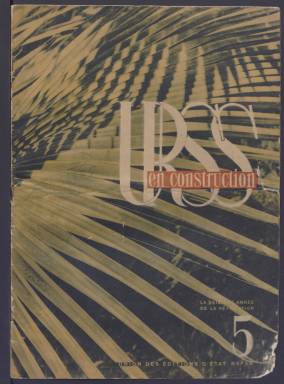
Título: URSS en construction
Colección: Revistas de información general
Ámbito geográfico: URSS
Lugar de publicación: Moscou
Fechas: 01/05/1933-31/12/1938

Impresionante revista ilustrada propagandística de la Unión Soviética dedicada a exaltar los logros en todos los campos del régimen comunista soviético. Fue editada desde 1930 a 1941, cuando cesó en plena II Guerra Mundial tras la invasión alemana de Rusia. Reapareció fugazmente en 1949.

  La revista comenzó editándose, además de en ruso, en francés, inglés y alemán. En 1938 también se editó en español, seguramente debido a la Guerra Civil española y la implicación de la Unión Soviética en la misma del lado republicano. La Biblioteca Nacional de España solo posee números sueltos de la edición francesa de los años 1933, 1934, 1935, 1937 y 1938.

 Uno de los aspectos que destaca sobre todo en esta publicación es su gran presencia gráfica, con páginas enteras de fotografías e incluso dobles. Se trata de uno de los mejores ejemplos de fotomontajes de la primera mitad del siglo XX. En los textos la visión de la vida y del trabajo estaba filtrada por la ideología oficial del marxismo-leninismo. Las imágenes de Lenin y Stalin, entonces en el poder, se encuentran repetidamente.

  Normalmente, cada número de la revista, cuya paginación podía variar de las 25 a las 40 páginas, estaba dedicado a un tema en concreto, predominando los avances en los diferentes sectores industriales, puesto que, en esta época, tras la colectivización de la agricultura, la Unión Soviética estaba interesada en mostrar su músculo industrial en su deseo de equipararse a las potencias occidentales.

 Hay números monográficos dedicados, por ejemplo, a los trenes o al cine soviético, o también centrados en algunas de las repúblicas que componían la Unión Soviética, como la república de Kazajistán.

  En el consejo de redacción figuraba en primer lugar el escritor del realismo social Máximo Gorki, al que la revista dedicó el número de abril de 1937 tras su muerte el año anterior. Se puede ver su fotografía en la cubierta y numerosas páginas de su biografía en imágenes, así como textos manuscritos suyos.

[Descripción publicada el 11/09/2023]